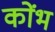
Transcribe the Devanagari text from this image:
कोंभ